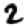
Digit: 2